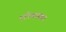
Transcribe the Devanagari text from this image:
एरियनवाद